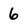
Character: 6